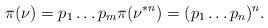
\begin{align*}\pi(\nu)=p_1\dots p_m\pi(\nu^{\ast n})=(p_1\dots p_n)^n.\end{align*}